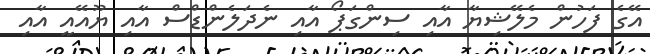
އޭގެ ފަހުން މެލޭޝިޔާ އާއި ސިންގަޕޯ އާއި ނެދަލެންޑްސް އާއި ޔޫއޭއީ އާއި